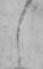
し